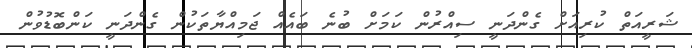
ޝަރީއަތް ކުރިއަށް ގެންދަނީ ސިއްރުން ކަމަށް ބުނެ ބައެއް ޖަމިއްޔާތަކުން ގެންދަނީ ކަންބޮޑުވުން